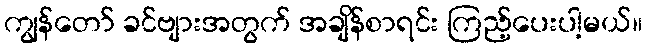
ကျွန်တော် ခင်ဗျားအတွက် အချိန်စာရင်း ကြည့်ပေးပါ့မယ်။